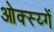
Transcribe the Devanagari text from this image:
ओक्स्य्गें